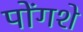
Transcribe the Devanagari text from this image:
पोंगशे